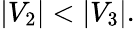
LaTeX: |V_{2}|<|V_{3}|.